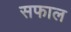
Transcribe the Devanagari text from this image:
सफाल